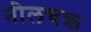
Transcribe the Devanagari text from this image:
नीलचक्र